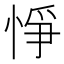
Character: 𢛵